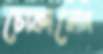
চোকালেন